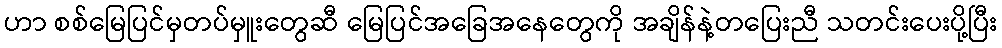
ဟာ စစ်မြေပြင်မှတပ်မှူးတွေဆီ မြေပြင်အခြေအနေတွေကို အချိန်နဲ့တပြေးညီ သတင်းပေးပို့ပြီး